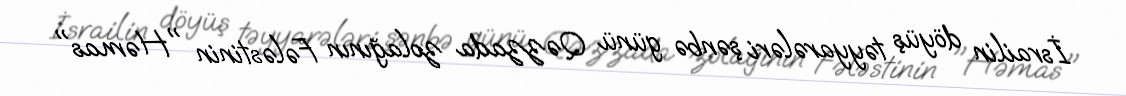
İsrailin döyüş təyyarələri şənbə günü Qəzzada zolağının Fələstinin "Həmas"